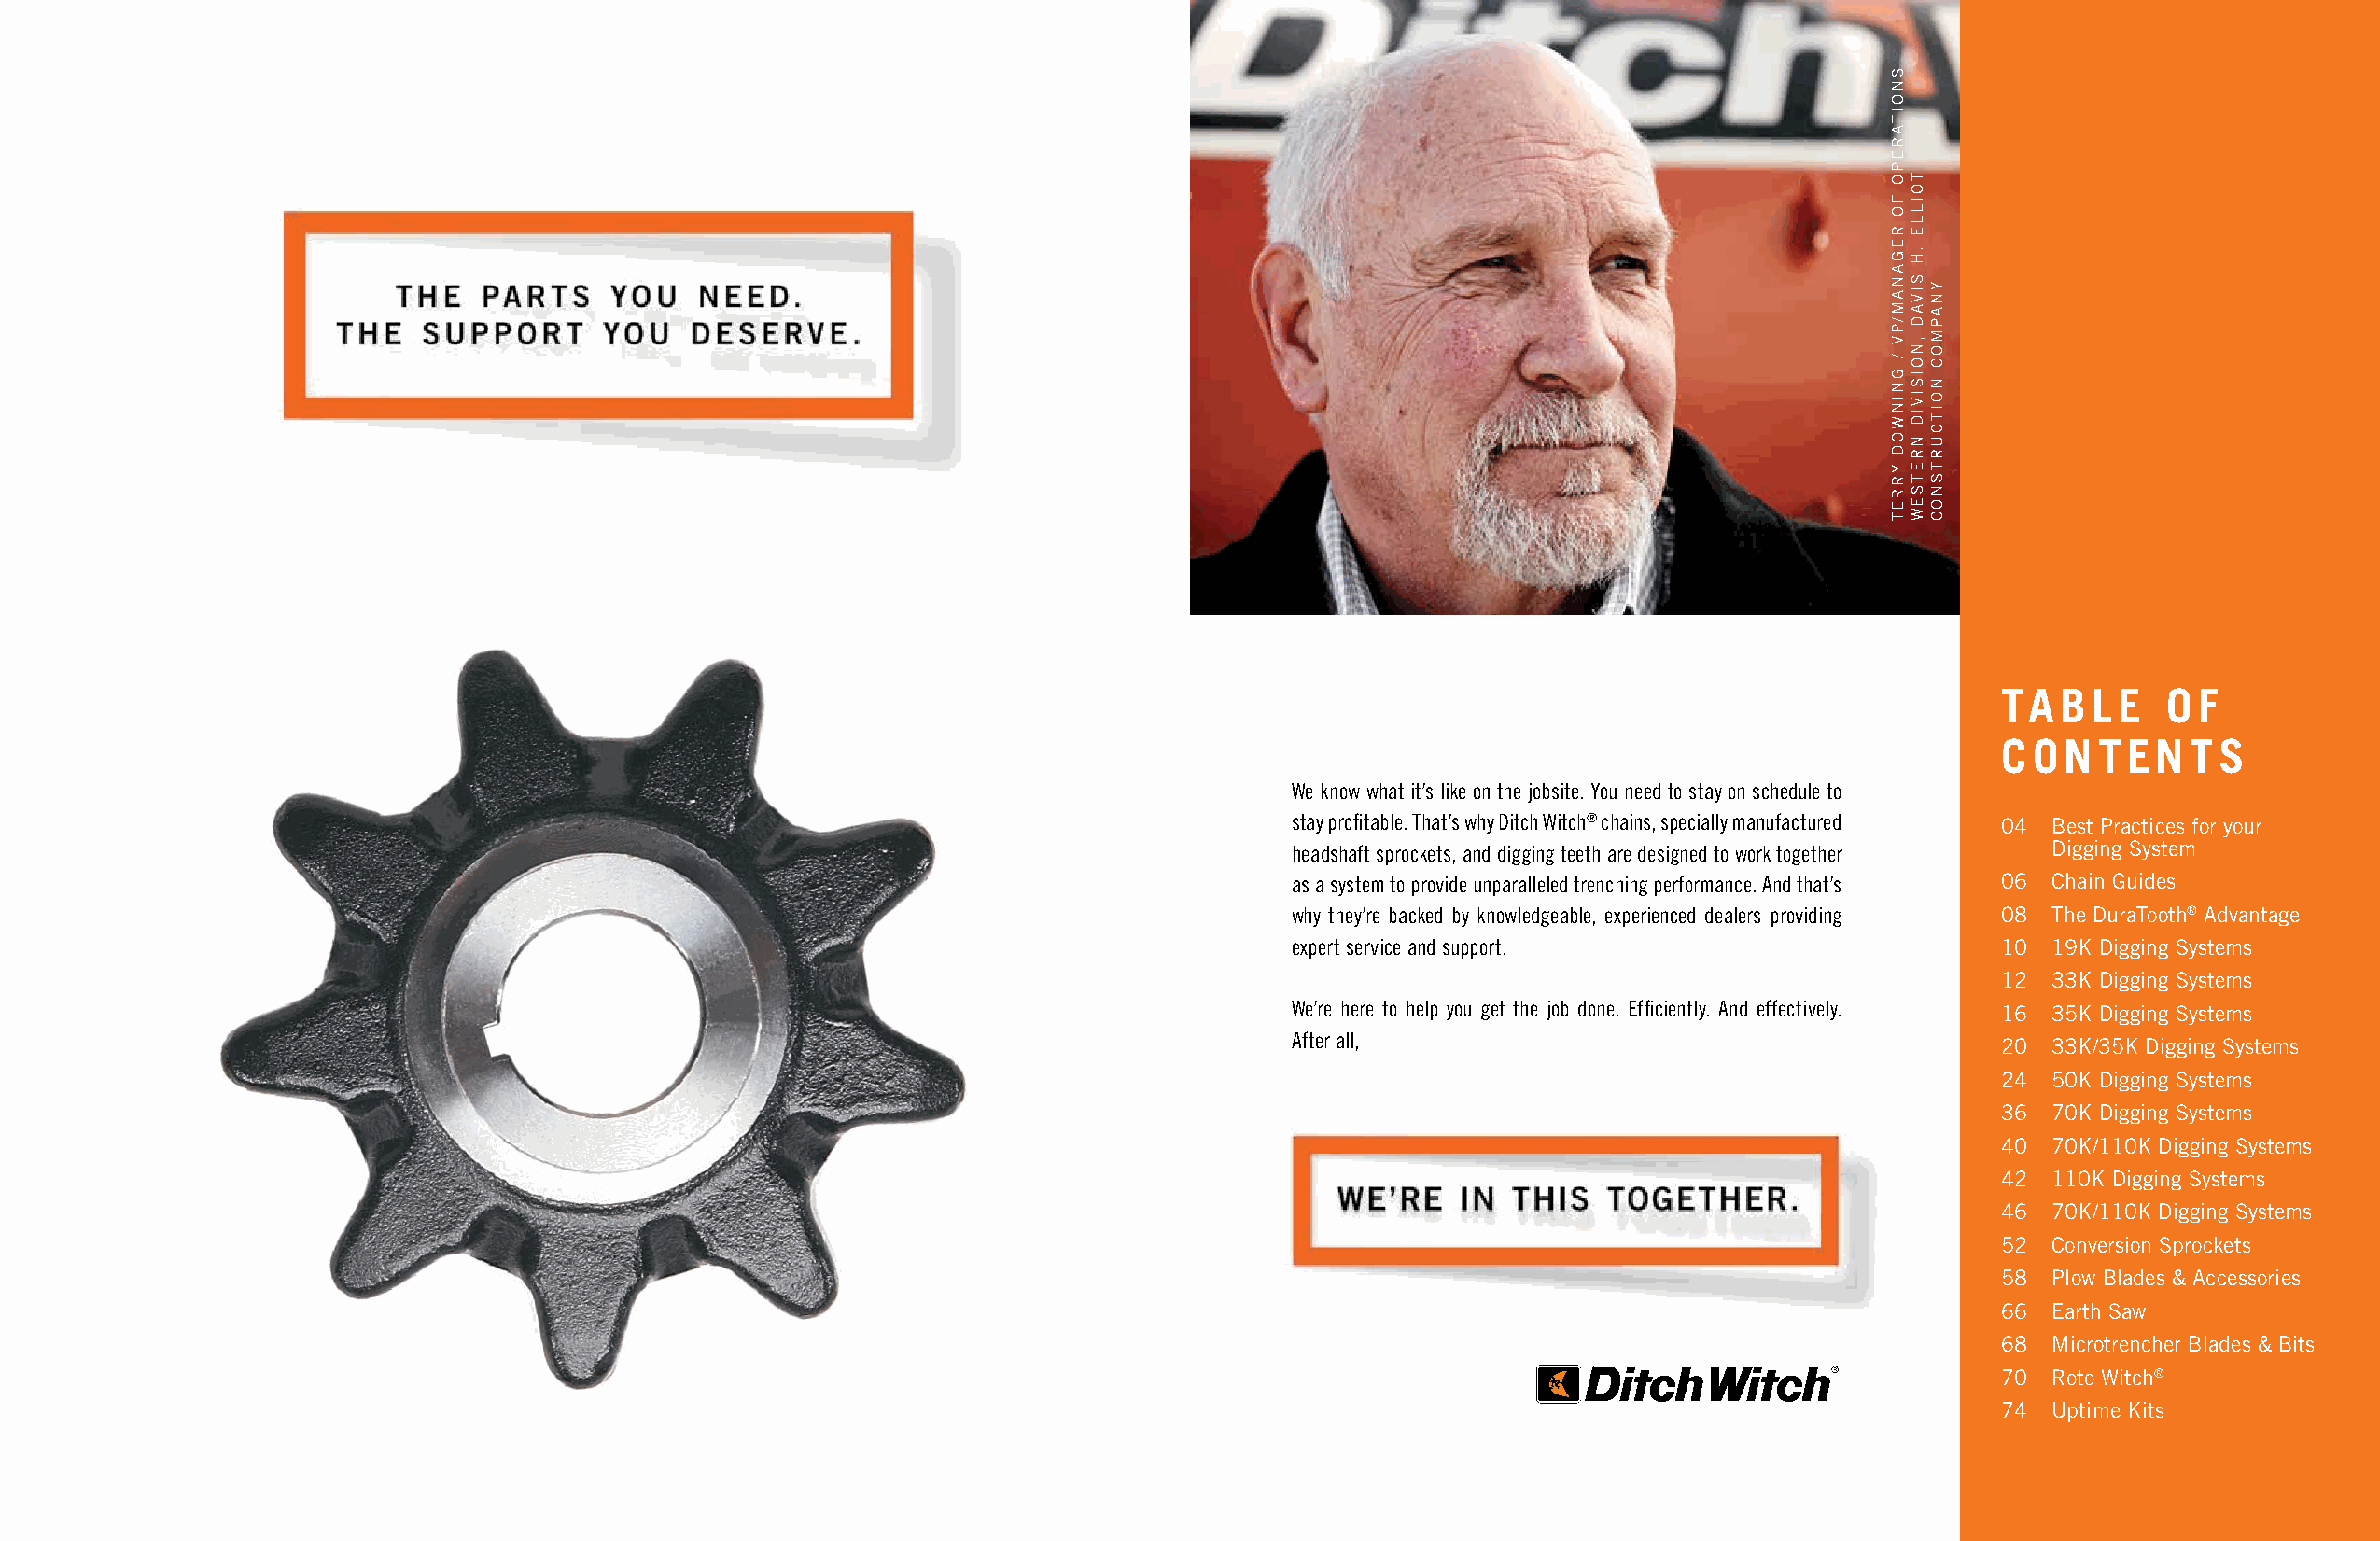
TA  BLE     OF
 CONTENT        S
 We know what it’s like on the jobsite. You need to stay on schedule to
 stay profitable. That’s why Ditch Witch® chains, specially manufactured 04 Best Practices for your
 headshaft sprockets, and digging teeth are designed to work together Digging System
 as a system to provide unparalleled trenching performance. And that’s 06 Chain Guides
 why they’re backed by knowledgeable, experienced dealers providing 08 The DuraTooth® Advantage
 expert service and support.                       10  19K Digging Systems
 12  33K Digging Systems
 We’re here to help you get the job done. Efficiently. And effectively. 16 35K Digging Systems
 After all,
 20  33K/35K Digging Systems
 24  50K Digging Systems
 36  70K Digging Systems
 40  70K/110K Digging Systems
 42  110K Digging Systems
 46  70K/110K Digging Systems
 52  Conversion Sprockets
 58  Plow Blades & Accessories
 66  Earth Saw
 68  Microtrencher Blades & Bits
 70  Roto Witch®
 74  Uptime Kits
 ,SNOITAREPO
 FO
 REGANAM/PV
 /
 GNINWOD
 YRRET
 TOILLE
 .H
 SIVAD
 ,NOISIVID
 NRETSEW
 YNAPMOC
 NOITCURTSNOC